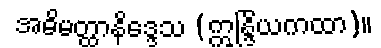
အဓိမတ္ထာနိဒ္ဒေသ (ဣန္ဒြိယကထာ)။